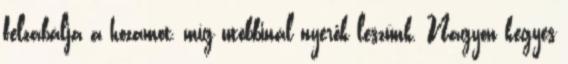
felzabálja a hozamot, míg utóbbinál nyerők leszünk. Nagyon kegyes